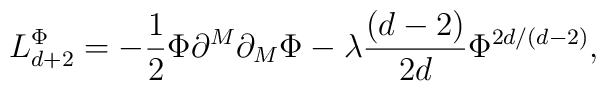
L_{d+2}^{\Phi }=-\frac{1}{2}\Phi \partial ^{M}\partial _{M}\Phi -\lambda \frac{\left( d-2\right) }{2d}\Phi ^{2d/\left( d-2\right) },